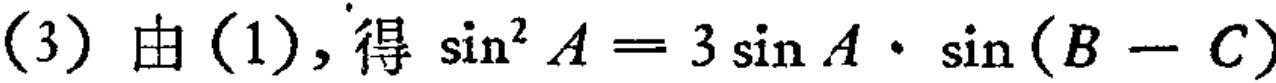
(3) 由 (1), 得 \(\sin^{2}A = 3\sin A\cdot\sin(B - C)\)